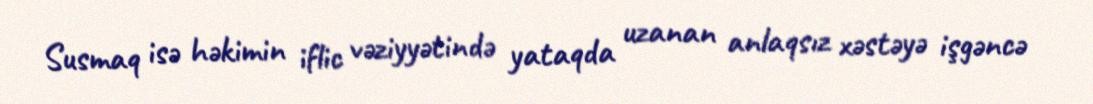
Susmaq isə həkimin iflic vəziyyətində yataqda uzanan anlaqsız xəstəyə işgəncə